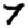
Digit: 7